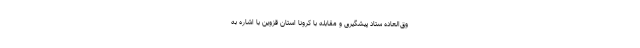
وق‌العاده ستاد پیشگیری و مقابله با کرونا استان قزوین با اشاره به